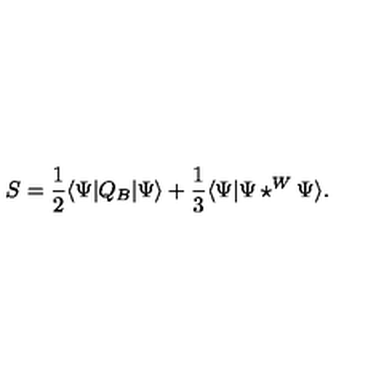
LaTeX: S = { \frac { 1 } { 2 } } \langle \Psi | Q _ { B } | \Psi \rangle + { \frac { 1 } { 3 } } \langle \Psi | \Psi \star ^ { W } \Psi \rangle .